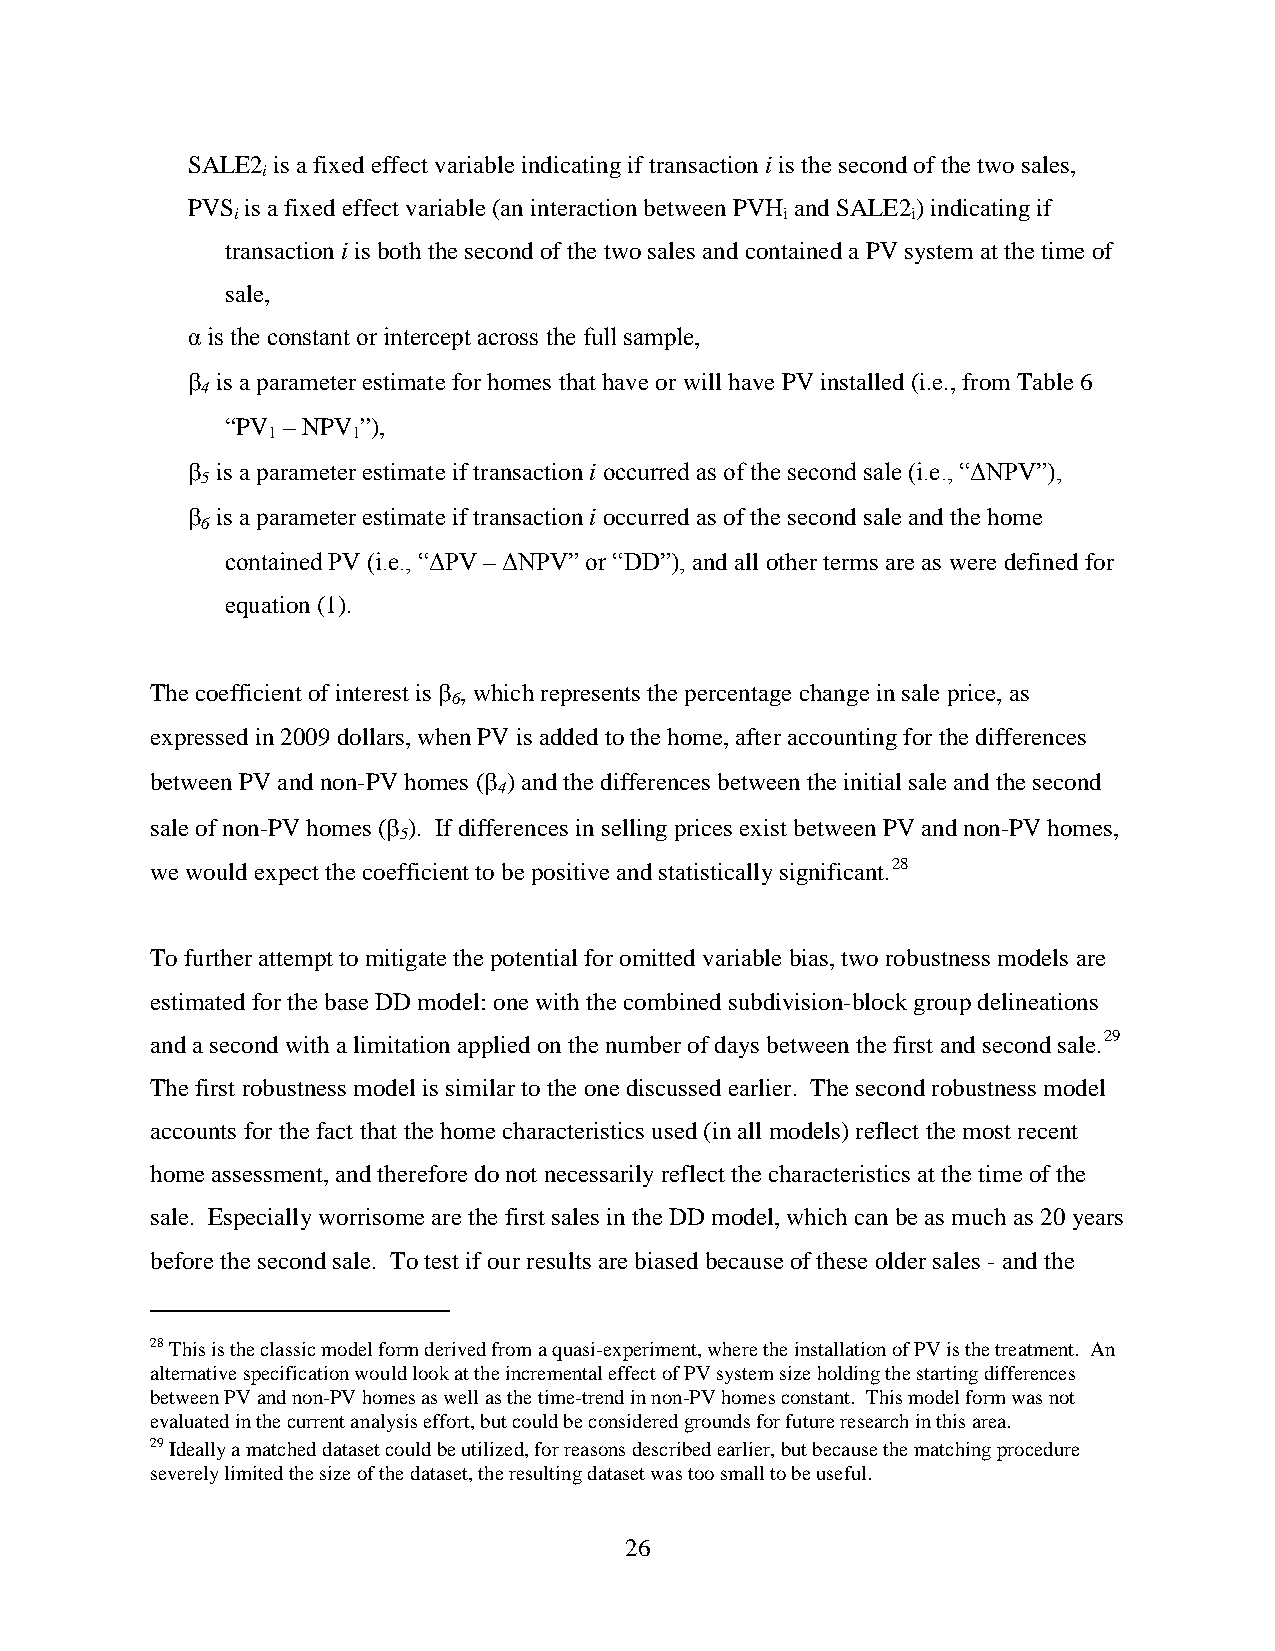
SALE2 is a fixed effect variable indicating if transaction i is the second of the two sales,
 i
 PVS is a fixed effect variable (an interaction between PVH and SALE2) indicating if
 i                                    i       i
 transaction i is both the second of the two sales and contained a PV system at the time of
 sale,
 α is the constant or intercept across the full sample,
 β is a parameter estimate for homes that have or will have PV installed (i.e., from Table 6
 4
 “PV – NPV ”),
 1    1
 β is a parameter estimate if transaction i occurred as of the second sale (i.e., “ΔNPV”),
 5
 β is a parameter estimate if transaction i occurred as of the second sale and the home
 6
 contained PV (i.e., “ΔPV – ΔNPV” or “DD”), and all other terms are as were defined for
 equation (1).
 The coefficient of interest is β , which represents the percentage change in sale price, as
 6
 expressed in 2009 dollars, when PV is added to the home, after accounting for the differences
 between PV and non-PV homes (β ) and the differences between the initial sale and the second
 4
 sale of non-PV homes (β ). If differences in selling prices exist between PV and non-PV homes,
 5
 we would expect the coefficient to be positive and statistically significant.28
 To further attempt to mitigate the potential for omitted variable bias, two robustness models are
 estimated for the base DD model: one with the combined subdivision-block group delineations
 and a second with a limitation applied on the number of days between the first and second sale.29
 The first robustness model is similar to the one discussed earlier. The second robustness model
 accounts for the fact that the home characteristics used (in all models) reflect the most recent
 home assessment, and therefore do not necessarily reflect the characteristics at the time of the
 sale. Especially worrisome are the first sales in the DD model, which can be as much as 20 years
 before the second sale. To test if our results are biased because of these older sales - and the
 28 This is the classic model form derived from a quasi-experiment, where the installation of PV is the treatment. An
 alternative specification would look at the incremental effect of PV system size holding the starting differences
 between PV and non-PV homes as well as the time-trend in non-PV homes constant. This model form was not
 evaluated in the current analysis effort, but could be considered grounds for future research in this area.
 29 Ideally a matched dataset could be utilized, for reasons described earlier, but because the matching procedure
 severely limited the size of the dataset, the resulting dataset was too small to be useful.
 26